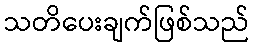
သတိပေးချက်ဖြစ်သည်